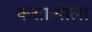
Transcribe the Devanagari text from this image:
कसाऱ्याला